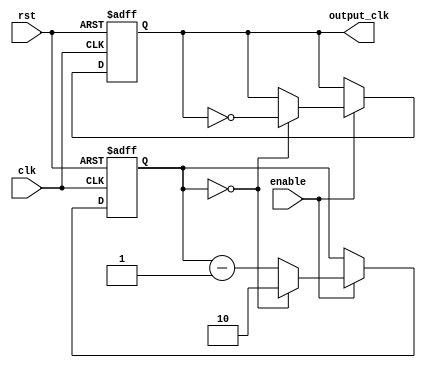
module dual_modulus_clock_divider (
    input wire clk,
    input wire rst,
    input wire enable,
    output reg output_clk
);

parameter M = 3;
reg [1:0] counter;

always @ (posedge clk or posedge rst) begin
    if (rst) begin
        counter <= 2'b00;
        output_clk <= 1'b0;
    end else if (enable) begin
        if (counter == 2'b00) begin
            output_clk <= ~output_clk;
            counter <= M - 1;
        end else begin
            counter <= counter - 1;
        end
    end
end

endmodule